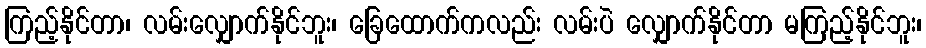
ကြည့်နိုင်တာ၊ လမ်းလျှောက်နိုင်ဘူး၊ ခြေထောက်ကလည်း လမ်းပဲ လျှောက်နိုင်တာ မကြည့်နိုင်ဘူး၊